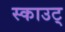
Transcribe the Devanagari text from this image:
स्काउट्